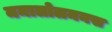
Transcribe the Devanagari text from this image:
ममालोलमनस